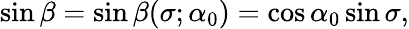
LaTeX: \sin\beta=\sin\beta(\sigma;\alpha_{0})=\cos\alpha_{0}\sin\sigma,